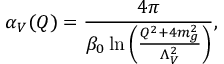
\alpha _ { V } ( Q ) = { \frac { 4 \pi } { \beta _ { 0 } \ln \left( { \frac { Q ^ { 2 } + 4 m _ { g } ^ { 2 } } { \Lambda _ { V } ^ { 2 } } } \right) } } ,